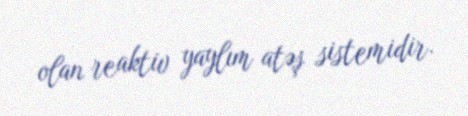
olan reaktiv yaylım atəş sistemidir.